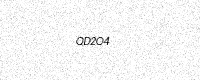
Text: QD2O4